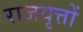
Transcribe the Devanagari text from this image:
राजवृत्तों